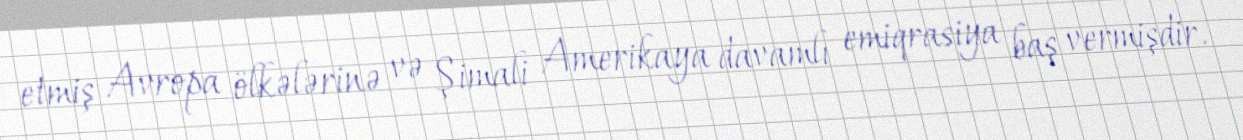
etmiş Avropa ölkələrinə və Şimali Amerikaya davamlı emiqrasiya baş vermişdir.